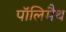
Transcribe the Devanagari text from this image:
पॉलिमैथ